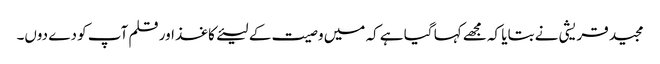
مجید قریشی نے بتایا کہ مجھے کہا گیا ہے کہ میں وصیت کے لیئےکاغذ اور قلم آپ کو دے دوں۔